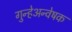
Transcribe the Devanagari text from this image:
गुन्हेअन्वेषक